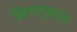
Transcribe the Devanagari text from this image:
ढिगार्‍यात